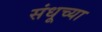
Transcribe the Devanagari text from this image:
संधूच्या